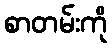
စာတမ်းကို